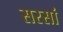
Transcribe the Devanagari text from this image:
सरसां